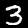
Label: 3